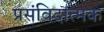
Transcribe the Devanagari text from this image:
प्रसंविदात्मक